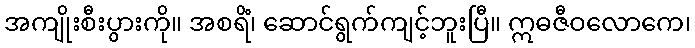
အကျိုးစီးပွားကို။ အစရိံ၊ ဆောင်ရွက်ကျင့်ဘူးပြီ။ ဣဓဇီဝလောကေ၊